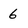
Character: 6